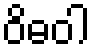
ဝိဓဝါ